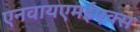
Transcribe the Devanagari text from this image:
एनवायएमईएक्स